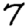
Digit: 7